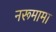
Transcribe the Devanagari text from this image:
नरूमामा